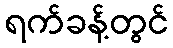
ရက်ခန့်တွင်